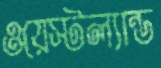
ওয়েস্টল্যান্ড